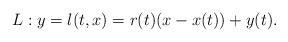
LaTeX: \begin{align*}L : y = l(t, x) = r(t)(x - x(t)) + y(t).\end{align*}